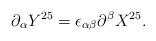
LaTeX: \begin{align*}\partial_{\alpha} Y^{25} = \epsilon_{\alpha \beta} \partial^{\beta} X^{25}.\end{align*}